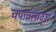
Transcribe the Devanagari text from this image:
चपातीसदृश